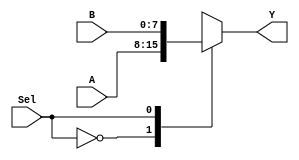
module MUX2_1(input [7:0]A, B,
              input Sel,
              output reg[7:0]Y);

  always@(*) begin
    case(Sel)
      1'b0: Y=A;
      1'b1: Y=B;
    endcase
  end

endmodule